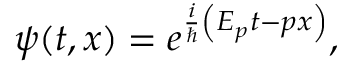
\psi ( t , x ) = e ^ { \frac { i } { \hbar } \left( E _ { p } t - p x \right) } ,